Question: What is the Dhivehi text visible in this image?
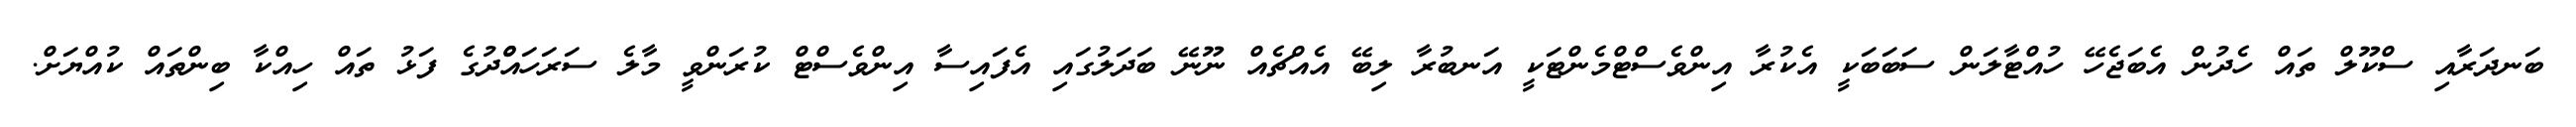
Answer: ބަނދަރާއި ސްކޫލް ތައް ހެދުން އެބަޖެހޭ ހުއްޓާލަން ސަބަބަކީ އެކުރާ އިންވެސްޓްމެންޓަކީ އަނބުރާ ލިބޭ އެއްޗެއް ނޫނޭ ބަދަލުގައި އެފައިސާ އިންވެސްޓް ކުރަންވީ މާލެ ސަރަހައްްދުގެ ފަޅު ތައް ހިއްކާ ބިންތައް ކުއްޔަށް.